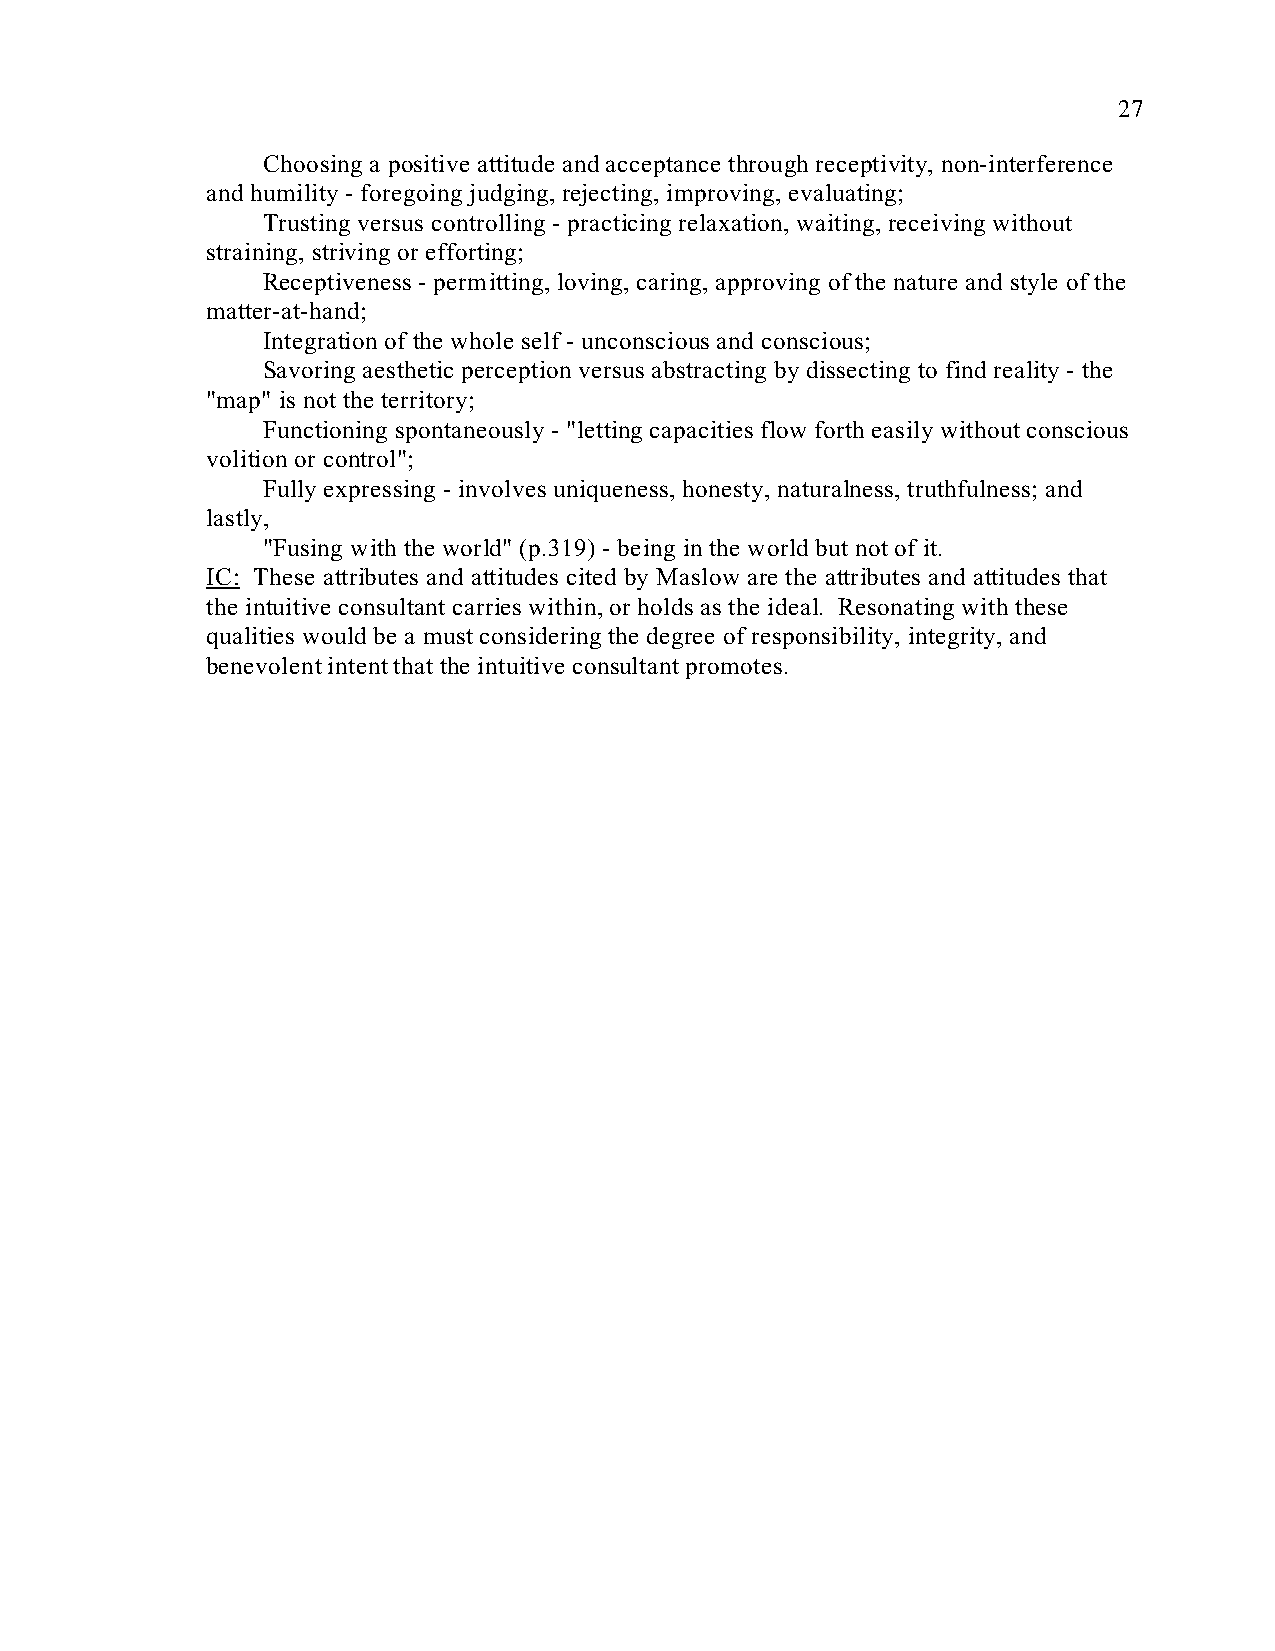
27
 Choosing a positive attitude and acceptance through receptivity, non-interference
 and humility - foregoing judging, rejecting, improving, evaluating;
 Trusting versus controlling - practicing relaxation, waiting, receiving without
 straining, striving or efforting;
 Receptiveness - permitting, loving, caring, approving of the nature and style of the
 matter-at-hand;
 Integration of the whole self - unconscious and conscious;
 Savoring aesthetic perception versus abstracting by dissecting to find reality - the
 "map" is not the territory;
 Functioning spontaneously - "letting capacities flow forth easily without conscious
 volition or control";
 Fully expressing - involves uniqueness, honesty, naturalness, truthfulness; and
 lastly,
 "Fusing with the world" (p.319) - being in the world but not of it.
 IC: These attributes and attitudes cited by Maslow are the attributes and attitudes that
 the intuitive consultant carries within, or holds as the ideal. Resonating with these
 qualities would be a must considering the degree of responsibility, integrity, and
 benevolent intent that the intuitive consultant promotes.